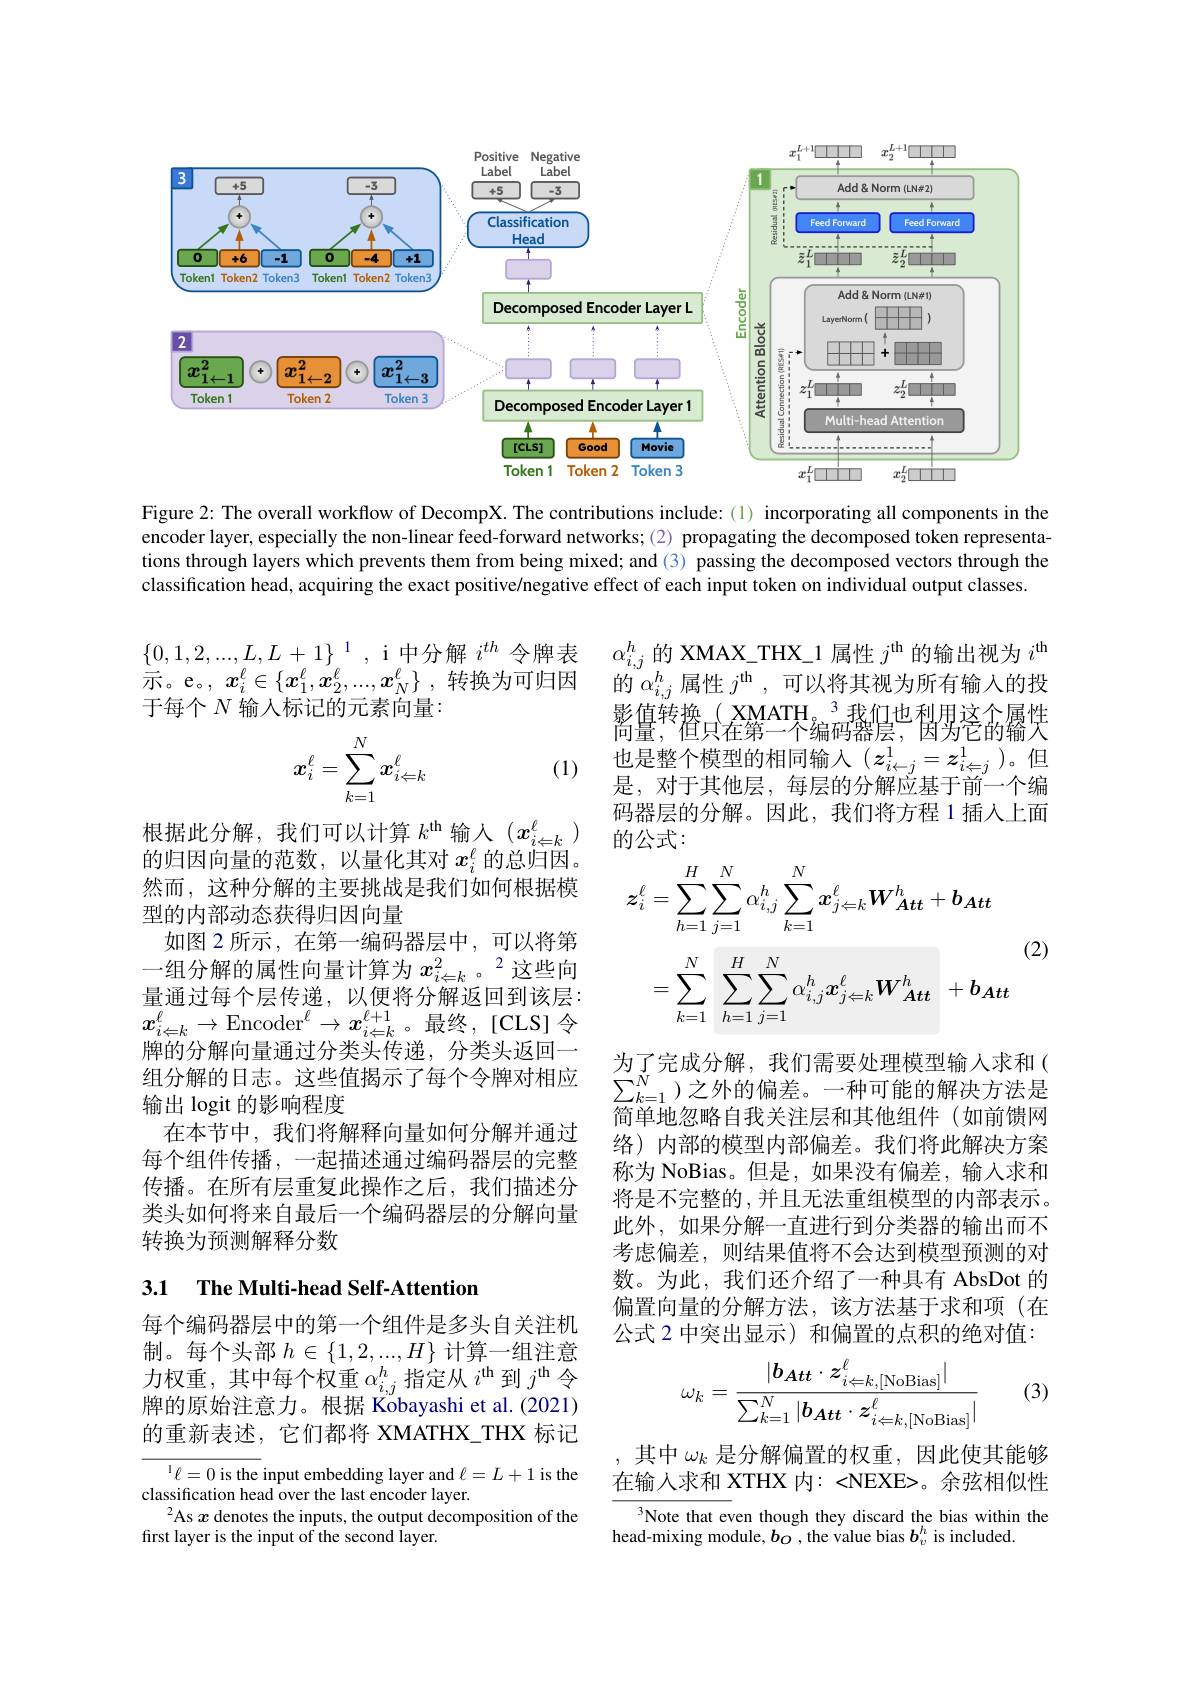
<FigureHere>

Figure 2: The overall workflow of DecompX. The contributions include:(1) incorporating all components in the encoder layer, especially the non-linear feed-forward networks; (2) propagating the decomposed token representations through layers which prevents them from being mixed; and (3) passing the decomposed vectors through the classification head, acquiring the exact positive/negative effect of each input token on individual output classes

$\{0,1,2,...,L,L+1\}^{1}$, i 中分解$i^{th}$令牌表示。e。, $x_i^\ell\in\{x_1^\ell,x_2^\ell,...,x_N^\ell\}$,转换为可归因于每个$N$输入标记的元素向量：

$\alpha_{i,j}^h$的 XMAX\_THX\_1 属性$j^\mathrm{th}$的输出视为$i^\mathrm{th}$ 的$\alpha_{i,j}^h$属性$j^\mathrm{th}$,可以将其视为所有输入的投影值转换，XMATH。$^{3}$我们也利用这个属性简量，“但只在第一个编码器层”,因为它的输大也是整个模型的相同输入$(z_i\leftarrow j^1=z_{i\leftarrow j}^1)$。但是，对于其他层，每层的分解应基于前一个编码器层的分解。因此，我们将方程 1 插入上面的公式：

(1)
$$\boldsymbol{x}_i^\ell=\sum_{k=1}^N\boldsymbol{x}_{i\Leftarrow k}^\ell $$
$$\begin{aligned}\boldsymbol{z}_{i}^{\ell}&=\sum_{h=1}^H\sum_{j=1}^N\alpha_{i,j}^h\sum_{k=1}^N\boldsymbol{x}_{j\Leftarrow k}^\ell W_{\boldsymbol{Att}}^h+\boldsymbol{b}_{\boldsymbol{Att}}\\&&\text{(2)}\\&=\sum_{k=1}^N\sum_{h=1}^H\sum_{j=1}^N\alpha_{i,j}^h\boldsymbol{x}_{j\Leftarrow k}^\ell W_{\boldsymbol{Att}}^h\:+\boldsymbol{b}_{\boldsymbol{Att}}\end{aligned}$$
根据此分解，我们可以计算$k^\mathrm{th}$输入($x_i\Leftarrow k^\ell)$ 的归因向量的范数，以量化其对$x_i^\ell$的总归因。然而，这种分解的主要挑战是我们如何根据模型的内部动态获得归因向量
如图 2 所示，在第一编码器层中，可以将第一组分解的属性向量计算为$x_i\Leftarrow k^2$这些向量通过每个层传递，以便将分解返回到该层： $x_{i\leftarrow k}^{\ell}\rightarrow\operatorname{Encoder}^{\ell}\rightarrow\boldsymbol{x}_{i\leftarrow k}^{\ell+1}$。最终，[CLS]令牌的分解向量通过分类头传递，分类头返回一组分解的日志。这些值揭示了每个令牌对相应输出 logit 的影响程度
在本节中，我们将解释向量如何分解并通过每个组件传播，一起描述通过编码器层的完整传播。在所有层重复此操作之后，我们描述分类头如何将来自最后一个编码器层的分解向量转换为预测解释分数

为了完成分解，我们需要处理模型输入求和( $\sum_{k-1}^{N}$)之外的偏差。一种可能的解决方法是简单地忽略自我关注层和其他组件(如前馈网络) 内部的模型内部偏差。我们将此解决方案称为 NoBias。但是，如果没有偏差，输入求和将是不完整的，并且无法重组模型的内部表示。此外，如果分解一直进行到分类器的输出而不考虑偏差，则结果值将不会达到模型预测的对数。为此，我们还介绍了一种具有 AbsDot 的偏置向量的分解方法，该方法基于求和项(在公式 2 中突出显示) 和偏置的点积的绝对值：

# 3.1 The Multi-head Self-Attention

每个编码器层中的第一个组件是多头自关注机制。每个头部$h\in\{1,2,...,H\}$计算一组注意力权重，其中每个权重$\alpha_i,j^h$指定从$i^\mathrm{th}$到$j^\mathrm{th}$令牌的原始注意力。根据 Kobayashi et al.(2021) 的重新表述，它们都将 XMATHX\_THX 标记

(3)
$$\omega_k=\frac{|b_{Att}\cdot z_{i\Leftarrow k,[\mathrm{NoBias}]}^\ell|}{\sum_{k=1}^N|b_{Att}\cdot z_{i\Leftarrow k,[\mathrm{NoBias}]}^\ell|}$$
其中$\omega_k$是分解偏置的权重，因此使其能够在输入求和 XTHX 内：<NEXE>。余弦相似性
Note that even though they discard the bias within the
head-mixing module, $b_O$ , the value bias $b_v^h$ is included.

$^{1}\ell=0$ is the input embedding layer and $\ell=L+1$ is the
classification head over the last encoder layer.
$^{2}$As $x$ denotes the inputs, the output decomposition of the
first layer is the input of the second layer.